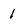
Character: 1